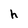
Character: h